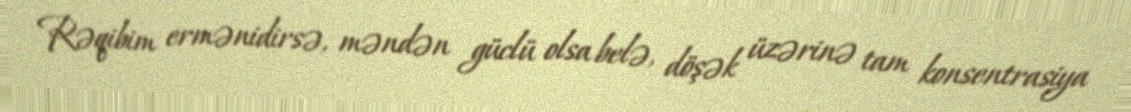
Rəqibim ermənidirsə, məndən güclü olsa belə, döşək üzərinə tam konsentrasiya